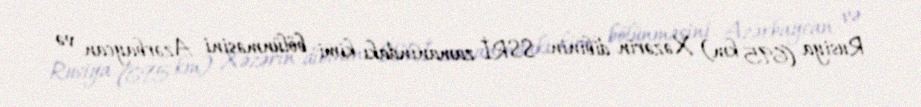
Rusiya (695 km) Xəzərin dibinin SSRİ zamanındakı kimi bölünməsini Azərbaycan və